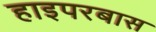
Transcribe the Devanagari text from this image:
हाइपरबास